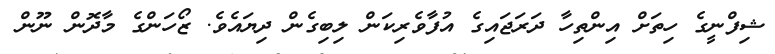
ޝިފްނީގެ ހިތަށް އިންތިހާ ދަރަޖައިގެ އުފާވެރިކަން ލިބިގެން ދިޔައެވެ. ޒޯހަންގެ މާދޮން ނޫން